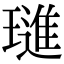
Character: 璡